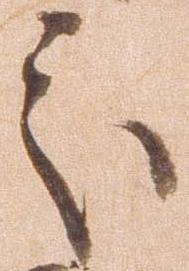
処